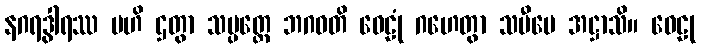
နဂရဒွါရဿ ဗဟိ ဌတွာ သမ္ပတ္တေ ဘဂဝတိ ဝေဠုံ ဂဟေတွာ သမီပေ အဋ္ဌာသိ။ ဝေဠု